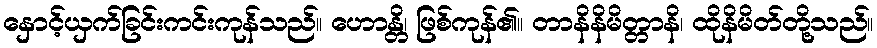
နှောင့်ယှက်ခြင်းကင်းကုန်သည်။ ဟောန္တိ၊ ဖြစ်ကုန်၏။ တာနိနိမိတ္တာနိ၊ ထိုနိမိတ်တို့သည်။